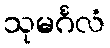
သုမင်္ဂလံ